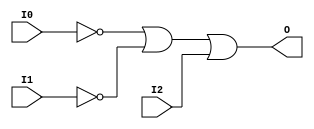
module OR3B2 (O, I0, I1, I2);

    output O;

    input  I0, I1, I2;

    wire i0_inv;
    wire i1_inv;

    not N1 (i1_inv, I1);
    not N0 (i0_inv, I0);
    or O1 (O, i0_inv, i1_inv, I2);


endmodule